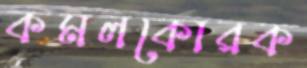
কমলকোরক